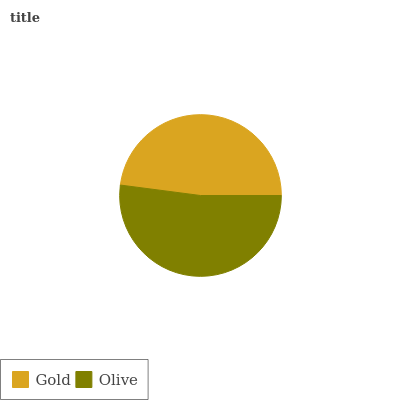
| Gold | Olive |
 | --- | --- |
 | 47.9% | 52.1% |